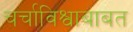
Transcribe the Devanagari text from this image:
चर्चाविश्वाबाबत